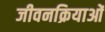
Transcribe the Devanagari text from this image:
जीवनक्रियाओं